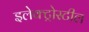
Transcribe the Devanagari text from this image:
इलेक्ट्रोस्टील